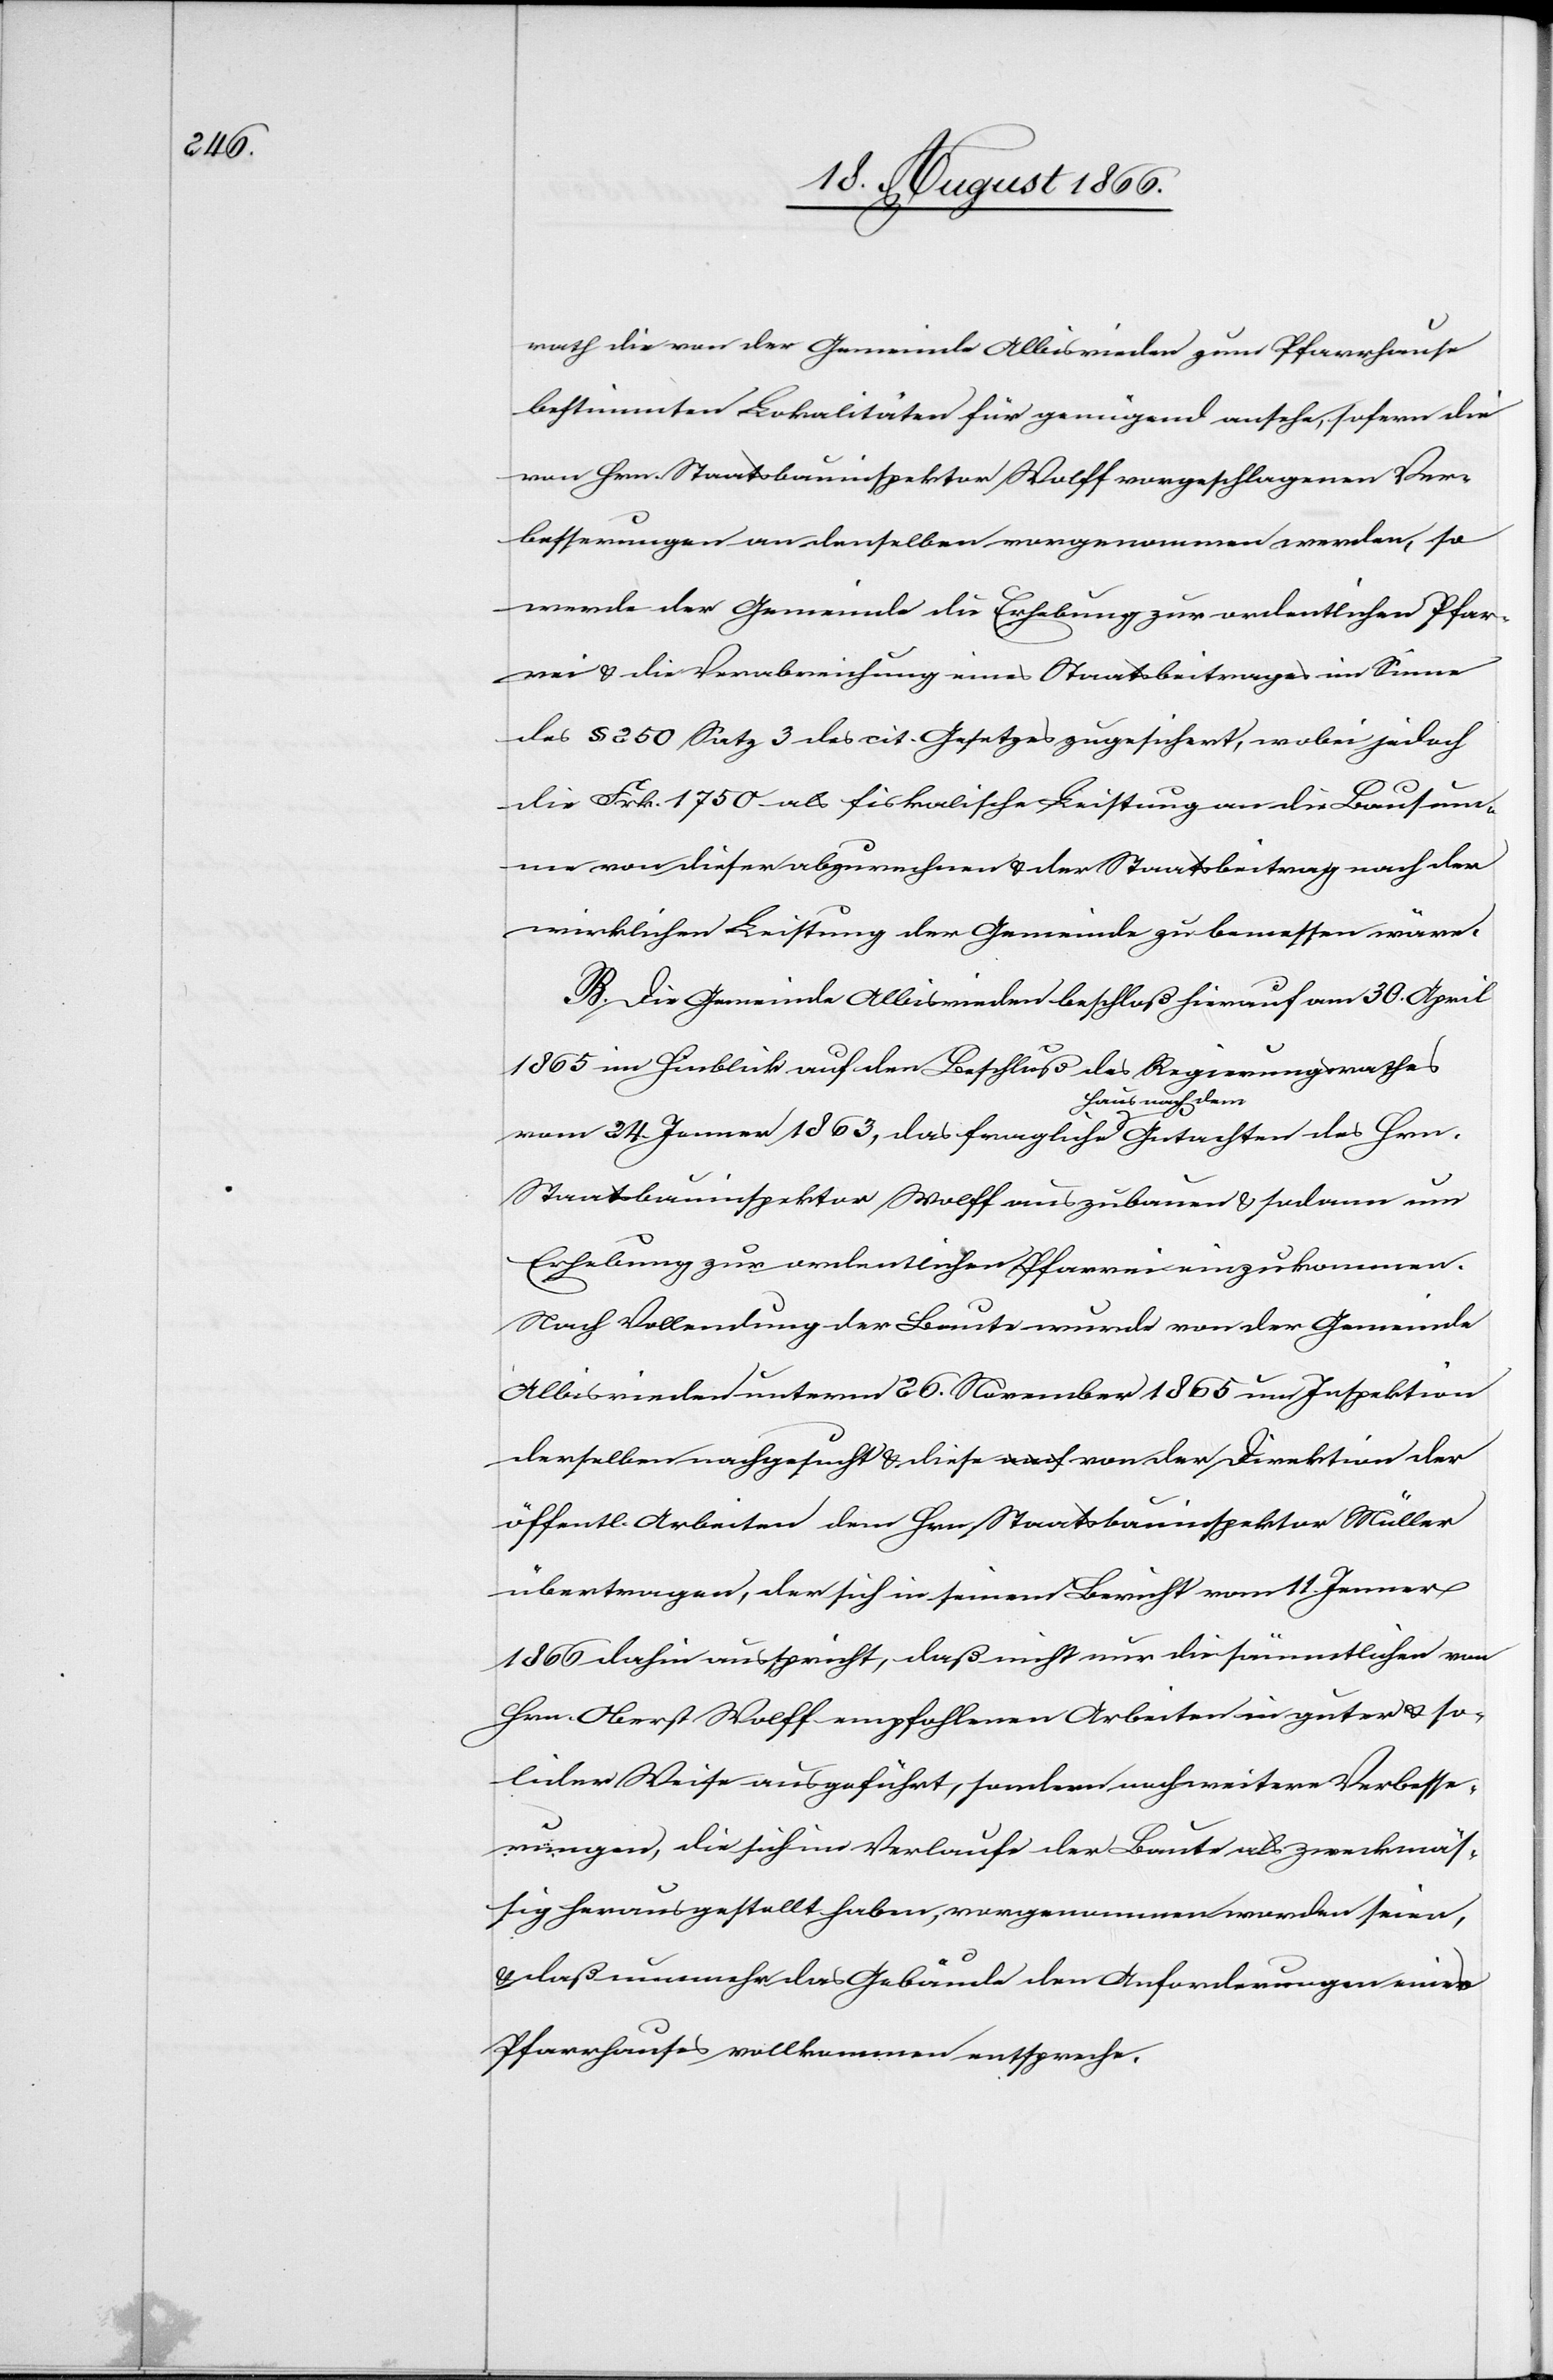
rath die von der Gemeinde Albisrieden zum Pfarrhause
bestimmten Lokalitäten für genügend ersehe, sofern die
von Hrn. Staatsbauinspektor Wolff vorgeschlagenen Ver¬
besserungen an denselben vorgenommen werden, so
werde der Gemeinde die Erhebung zur ordentlichen Pfar¬
rei u. die Verabreichung eines Staatsbeitrages im Sinne
des § 250 Satz 3 des cit. Gesetzes zugesichert, wobei jedoch
des
die Frk. 1750 als fiskalische Leistung an die Bausum¬
me von dieser abzurechnen u. der Staatsbeitrag nach der
wirklichen Leistung der Gemeinde zu bemessen wäre.
B. Die Gemeinde Albisrieden beschloß hierauf am 30. April
1865 im Hinblick auf den Beschluß des Regierungsrathes
vom 24. Jenner 1863, das fragliche Haus nach dem Gu¬
Hrn.
Staatsbauinspektor Wolff auszubauen u. sodann um
Erhebung zur ordentlichen Pfarrei einzukommen.
Nach Vollendung der Baute wurde von der Gemeinde
Albisrieden unterm 26. November 1865 um Inspektion
derselben nachgesucht u. diese von der Direktion der
öffentl. Arbeiten dem Hrn. Staatsbauinspektor Müller
übertragen, der sich in seinem Bericht vom 11. Jenner
1866 dahin ausspricht, daß nicht nur die sämmtlichen von
Hrn. Oberst Wolff empfohlenen Arbeiten in guter u. so¬
lider Weise ausgeführt, sondern noch weitere Verbesse¬
rungen, die sich im Verlaufe der Baute als zweckmäs¬
sig herausgestellt haben, vorgenommen worden seien,
u. daß nunmehr das Gebäude den Anforderungen eines
Pfarrhauses vollkommen entspreche.